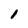
Character: l